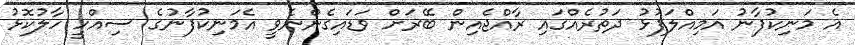
އެ މަނިކުފާނު އަމިއްލަފުޅު ދަތުރެއްގައި ރާއްޖެއިން ބޭރަށް ވަޑައިގެންނެވީ އެމަނިކުފާނުގެ ސިއްހީ ހާލުކޮޅު